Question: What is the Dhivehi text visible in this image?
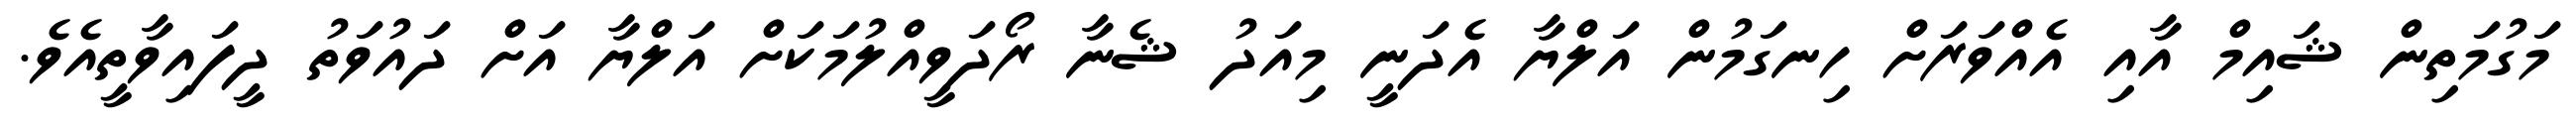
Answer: މަގުމަތިން ޝައިމް އާއި އެއްވަރަށް ހިނގަމުން އަލްޔާ އެދަނީ މިއަދު ޝެނާ ރޯދަވީއްލުމަކަށް އަލްޔާ އަށް ދައުވަތު ދީފައިވާތީއެވެ.